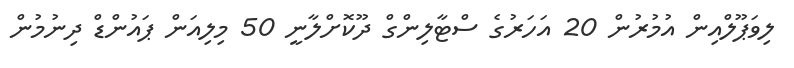
ލިވަޕޫލްއިން އުމުރުން 20 އަހަރުގެ ސްޓާލިންގް ދޫކޮށްލާނީ 50 މިލިއަން ޕައުންޑް ދިނުމުން